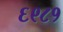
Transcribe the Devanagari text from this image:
६९८१